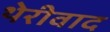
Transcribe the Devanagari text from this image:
थेरीवाद